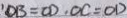
\prime O B = C D \cdot O C = O D